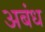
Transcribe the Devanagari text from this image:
अबंध